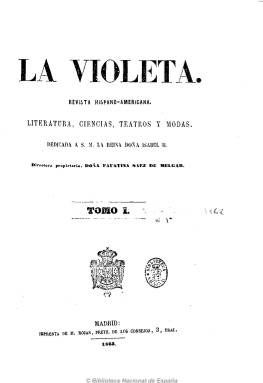
Título: La Violeta (Madrid)
Colección: Revistas femeninas
Ámbito geográfico: Madrid
Lugar de publicación: Llevallois-Perret, Francia
Fechas: 07/12/1862-16/03/1870

Subtitulada “revista hispano-americana” de “literatura, ciencias, teatros y modas” y dedicada a S.M. la Reina Doña Isabel II, es una publicación fundada y dirigida por una de las escritoras de la generación isabelina más eclécticas, Faustina Sáez de Melgar (1834-1895), y financiada por su marido, Valentín Melgar, que aparecerá también como editor responsable. Su objetivo será servir de “guía útil y moral” a unas lectoras de la burguesía desde una corriente neocatólica, como defensora de la instrucción femenina, pero restringida a la esfera doméstica, y en una sociedad aún alejada de la idea de que las mujeres puedan ser admitidas en universidades o ateneos.

Esta revista femenina comienza a publicarse el siete de diciembre de 1862 con frecuencia semanal, saliendo los domingos, y sus páginas darán cabida a una literatura isabelina escrita por mujeres que había experimentado un rápido desarrollo. Entre otras muchas, aparecerán las firmas de Rogelia León, Francisca Carlota de Riego Pina, Amalia Díaz, Elena G. de Avellaneda, Ángela Grassi, o de María José Zapata, y Joaquina Carnicero será la encargada de la crónica de modas de la sección Correo de señoritas. También escribirán Fernán Caballero o Juan Eugenio Hartzenbusch, entre otros, y Leandro A. Herrero será el encargado de la revista de teatros o de la semana.

Principalmente será un semanario de literatura y modas, con narraciones (novelas, cuentos, leyendas) y poesías, traducciones, biografías de mujeres, artículos pedagógicos, crítica y estudios literarios, variedades, anécdotas, anuncios, con láminas a color fuera de texto de figurines, así como grabados de patrones que regalaba a sus suscriptoras.

En 1864, por real decreto se convierte en “libro de texto oficial” para las escuelas normales de maestras y las superiores de niñas y su subtítulo es “de instrucción primaria, educación, literatura, ciencias, labores, salones, teatros y modas”. Su paginación es variada, desde las ocho a las 16 páginas, y cada tomo de su colección inserta un índice de los sumarios.

[Descripción modificada el 10/10/2022]